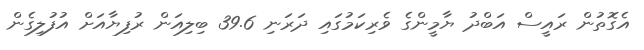
އެގޮތުން ރައީސް އަބްދު ޔާމީންގެ ވެރިކަމުގައި ދަރަނި 39.6 ބިލިއަން ރުފިޔާއަށް އުފުލިގެން